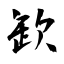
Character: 欫